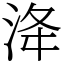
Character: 洚